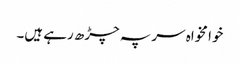
خوا مخواہ سر پہ چڑھ رہے ہیں۔